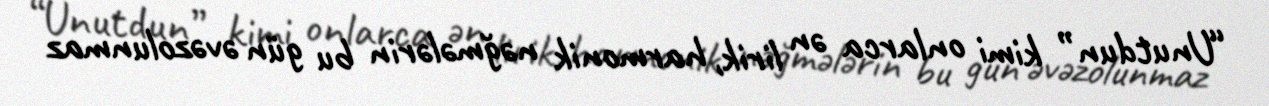
“Unutdun” kimi onlarca ən lirik, harmonik nəğmələrin bu gün əvəzolunmaz